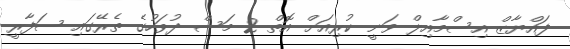
ފައްޔާޒް އިސްމާއިލް ވަނީ ކުރިއަށް އޮތް 2 މަސް ދުވަހުގެ ތެރޭގައި ސަފާރީ